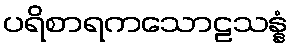
ပရိစာရကသောဠသန္နံ